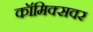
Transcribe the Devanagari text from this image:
कॉमिक्सवर